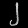
Digit: ၂